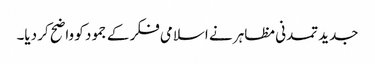
جدید تمدنی مظاہر نے اسلامی فکر کے جمود کو واضح کر دیا۔